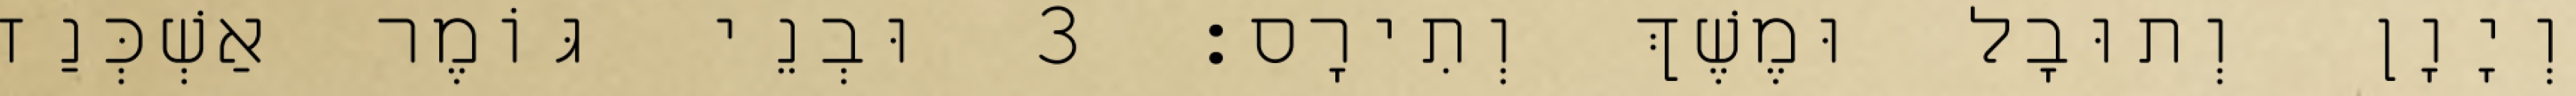
וְיָוָן וְתוּבָל וּמֶשֶׁךְ וְתִירָס׃ 3 וּבְנֵי גּוֹמֶר אַשְׁכְּנַז